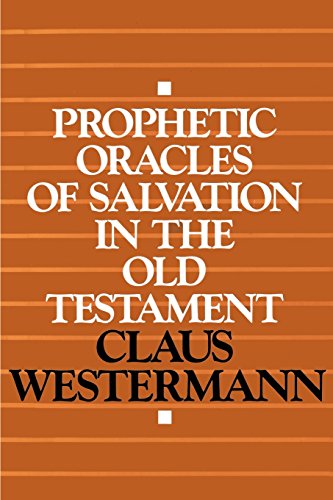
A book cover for Prophetic Oracles of Salvation in the Old Testament; Claus Westermann; Christian Books & Bibles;